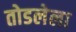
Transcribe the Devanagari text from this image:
तोडलेला